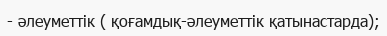
- әлеуметтік ( қоғамдық-әлеуметтік қатынастарда);